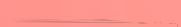
مركز لبيع السيارات الحديث